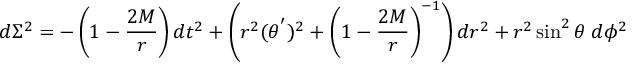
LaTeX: d \Sigma ^ { 2 } = - \left( 1 - \frac { 2 M } { r } \right) d t ^ { 2 } + \left( r ^ { 2 } ( \theta ^ { ' } ) ^ { 2 } + \left( 1 - \frac { 2 M } { r } \right) ^ { - 1 } \right) d r ^ { 2 } + r ^ { 2 } \sin ^ { 2 } \theta \; d \phi ^ { 2 }